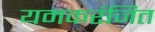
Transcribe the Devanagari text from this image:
यमकरंजित